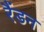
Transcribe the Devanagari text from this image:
रैंडन